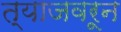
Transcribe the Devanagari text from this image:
त्याजवरून